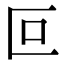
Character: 叵